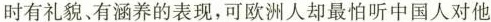
时有礼貌、有涵养的表现，可欧洲人却最怕听中国人对他